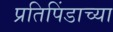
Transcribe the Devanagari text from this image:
प्रतिपिंडाच्या